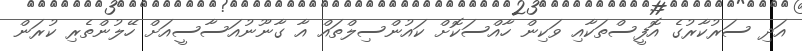
އަދި ސަރުކާރުގެ އޮފީސްތަކާއި ވަކިން ހާއްސަކޮށް ކައުންސިލްތައް އާ ގާނޫނުއަސާސީއަށް ހޭލުންތެރި ކުރަން